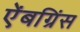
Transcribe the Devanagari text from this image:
ऐंबग्रिंस